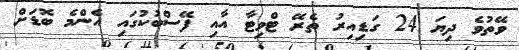
ވޭތުވެ ދިޔަ 24 ގަޑިއިރު ތެރޭ ޓްވިޓާ އާއި ފޭސްބުކުގައި އެންމެ ބޮޑަށް